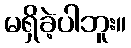
မရှိခဲ့ပါဘူး။